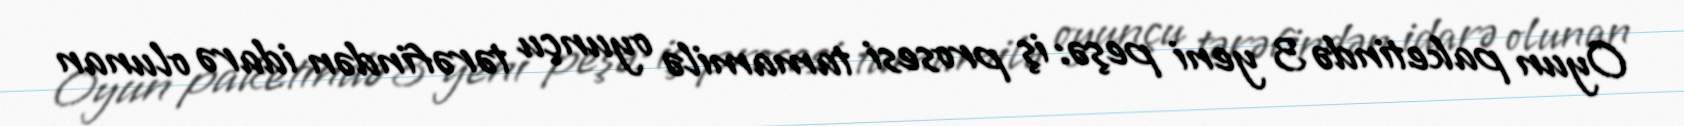
Oyun paketində 3 yeni peşə: iş prosesi tamamilə oyunçu tərəfindən idarə olunan